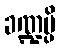
ခဏ္ဍမ္ပိ